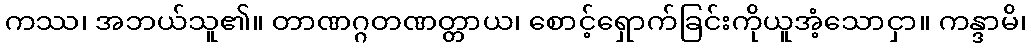
ကဿ၊ အဘယ်သူ၏။ တာဏဂ္ဂတဏတ္တာယ၊ စောင့်ရှောက်ခြင်းကိုယူအံ့သောငှာ။ ကန္ဒာမိ၊